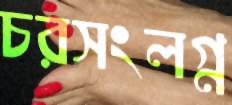
চরসংলগ্ন